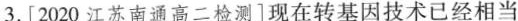
3.[2020江苏南通高二检测]现在转基因技术已经相当